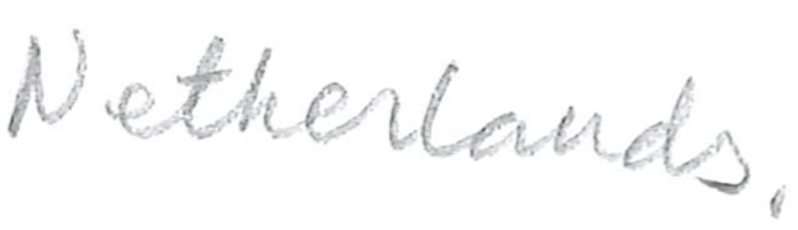
Text: Netherlands,
Cross-out: clean
Writing tool: pencil